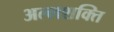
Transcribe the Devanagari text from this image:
अल्लशक्ति